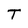
Character: T